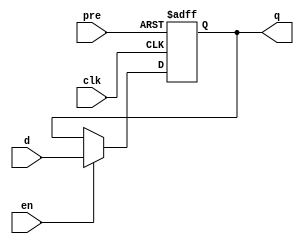
module my_dffse_n (
    input d,
    clk,
    pre,
    en,
    output reg q
);
  always @(posedge clk or negedge pre)
    if (!pre) q <= 1'b1;
    else if (en) q <= d;
endmodule